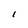
Character: I